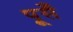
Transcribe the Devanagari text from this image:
पूसँ